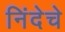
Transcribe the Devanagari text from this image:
निंदेचे